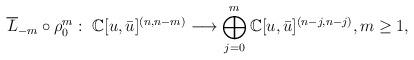
LaTeX: \begin{align*}\overline{L}_{-m}\circ \rho_0^m: \ \mathbb{C}[u,\bar{u}]^{(n,n-m)}\longrightarrow \bigoplus_{j=0}^m\mathbb{C}[u,\bar{u}]^{(n-j,n-j)},m\geq1,\end{align*}